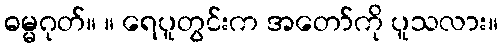
ဓမ္မဂုတ်။ ။ ရေပူတွင်းက အတော်ကို ပူသလား။